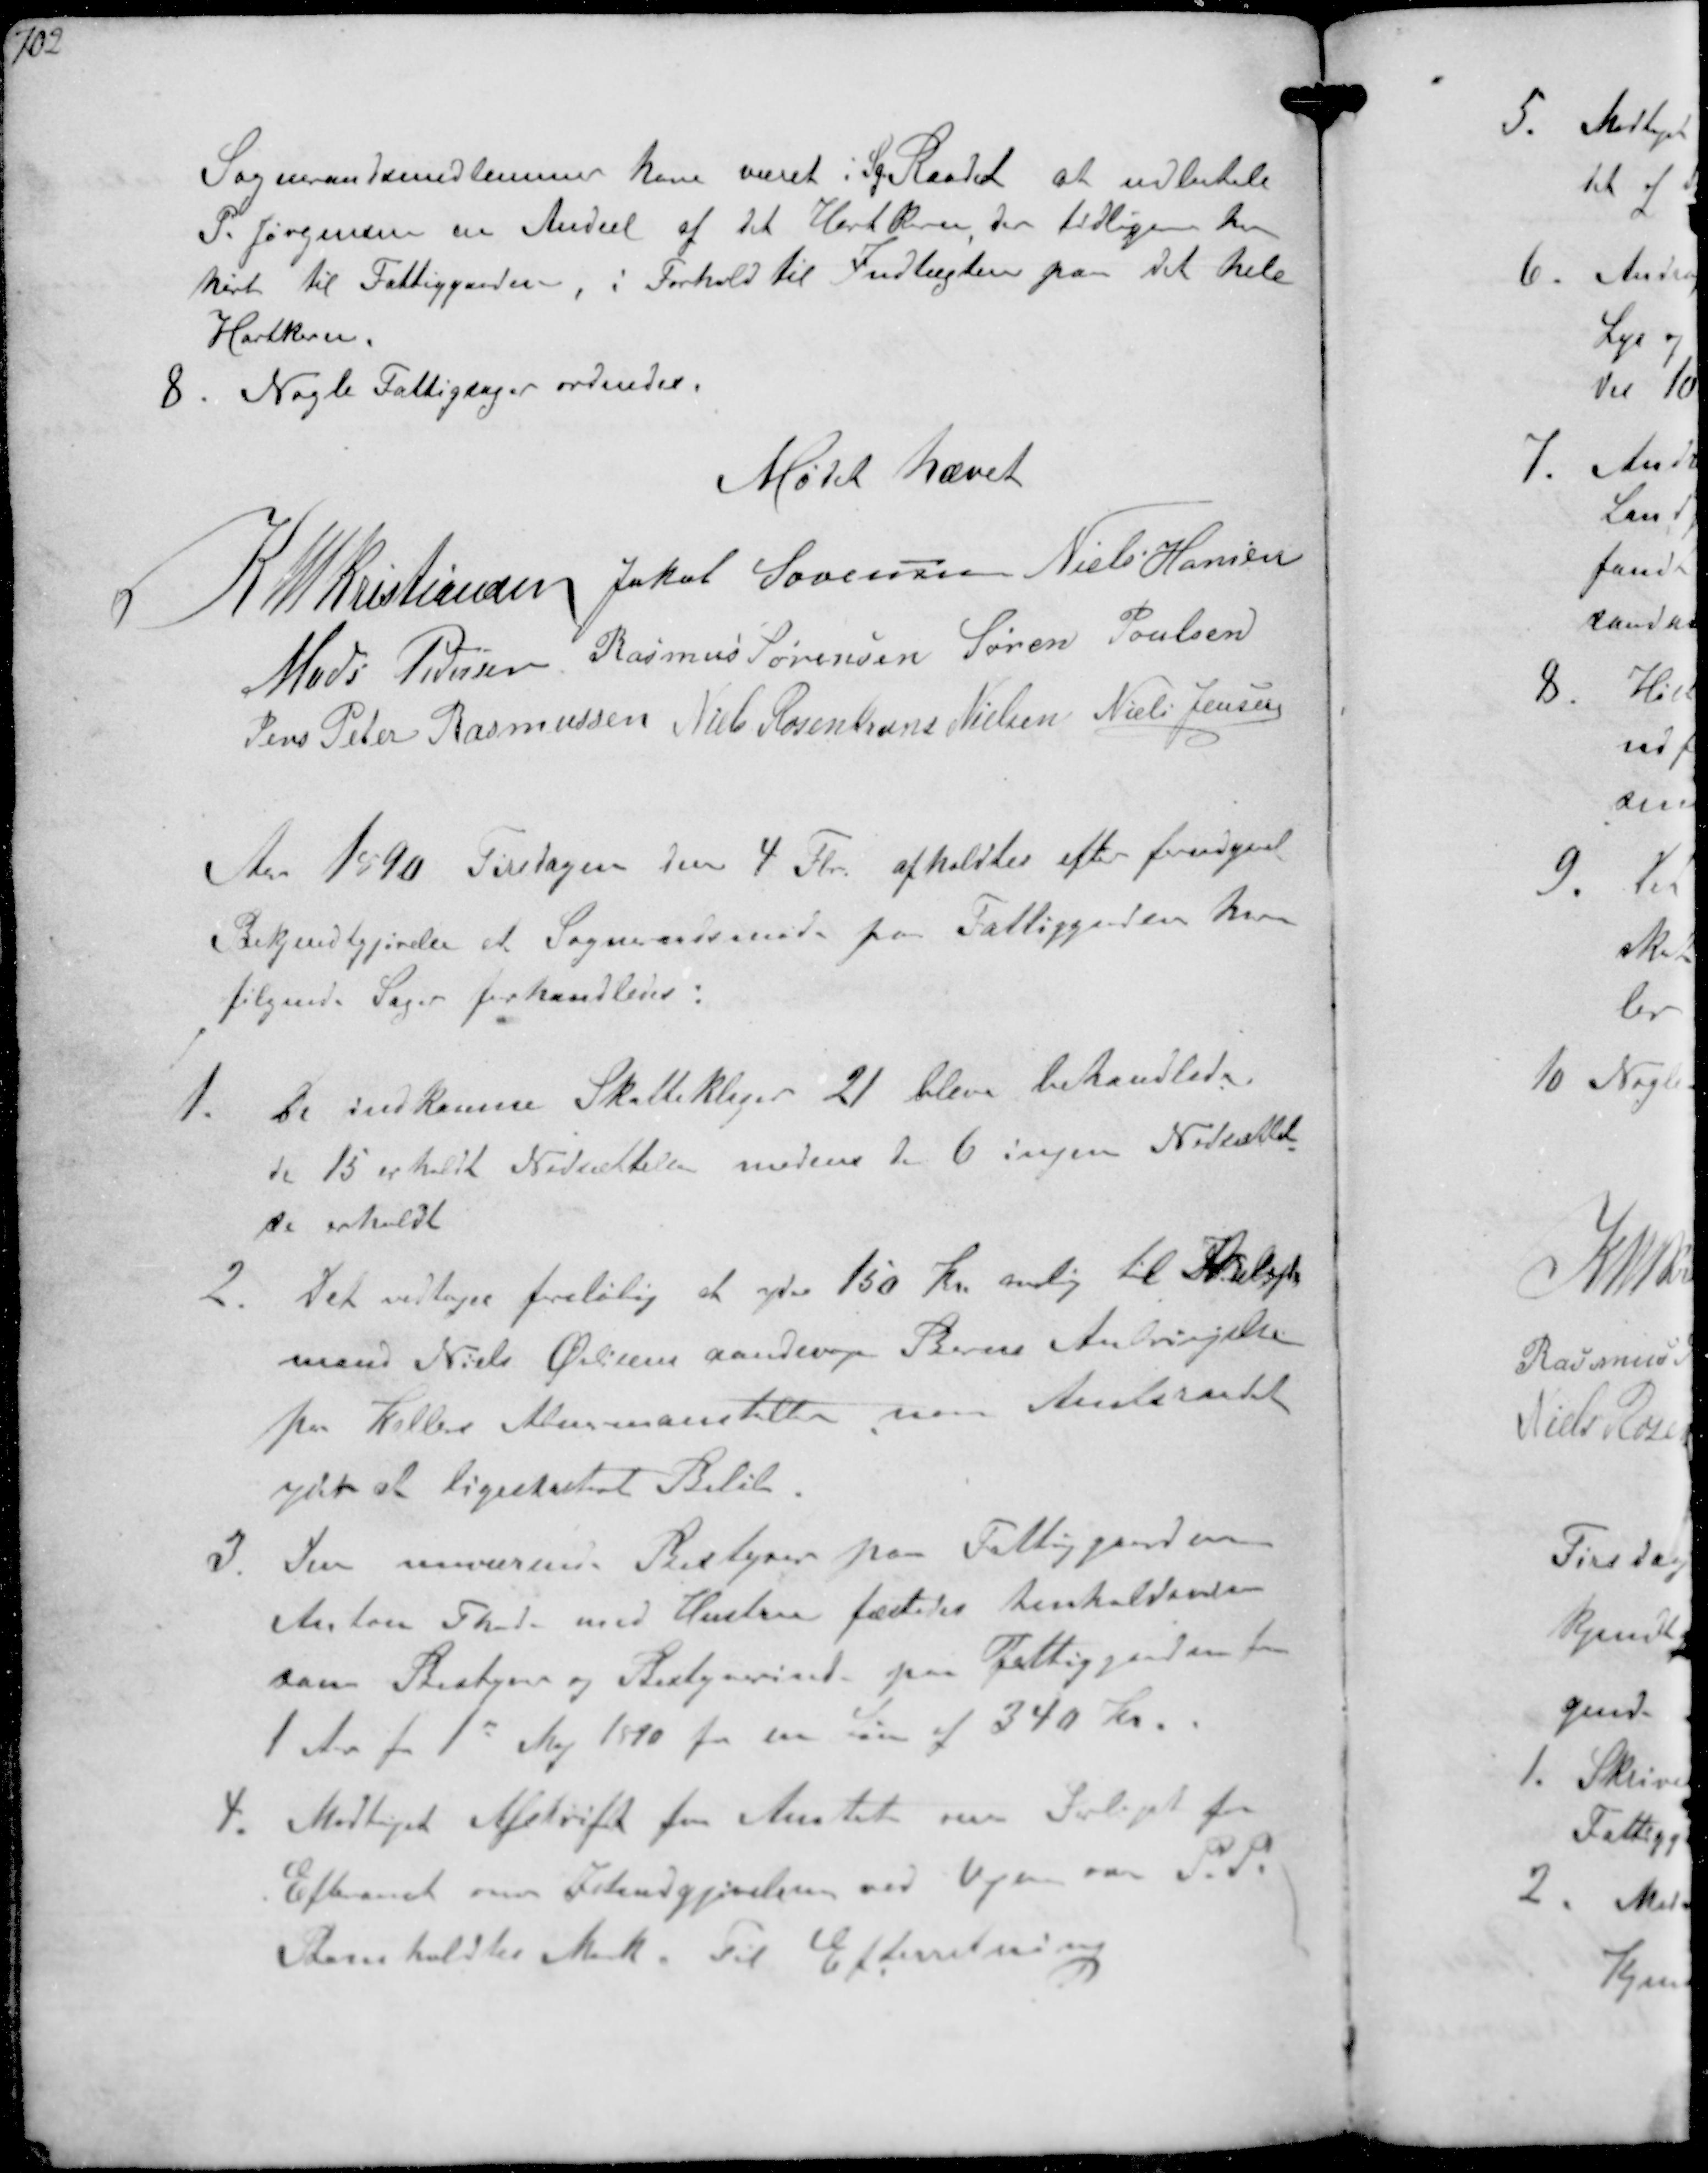
Transskription:
Sogneraadsmedlemmer have været i Sg.Raadet at udbetale
P. Jørgensen en Andeel af det Hartkorn der tidligere har
hørt til Fattiggaaden i Forhold til Indtægten paa det hele
Hartkorn
8. Nogle Fattigsager ordnedes.

Mødet hævet

K N M Kristiansen Jakob Sørensen Niels Hansen
Mads Pedersen Rasmus Sørensen Søren Poulsen
Jens Peter Rasmussen Niels Rosenkrands Nielsen Niels Jensen

Aar 1890 Tirsdagen den 4 Fbr. afholdtes efter forudgaaet
Bekjendtgjørelse af Sogneraadsmøde paa Fattiggaarden hvor
følgende Sager forhandledes:
1. De indkomne Skatteklager 21 bleve behandlede.
de 15 erholdt Nedsættelse medens de 6 ingen Nedsættel-
se erholdt
2. Det vedtogs foreløbig at yde 150 Kr aarlig til Arbejds-
mand Niels Øvlisens aandsvage Barns Anbringelse
paa Kellers Alumneanstalter naar Amtsraadet
yder at ligesaadant Beløb 
3 Den nuværende Bestyrer paa Fattiggaarden
Anton Thode. med Hustru fæstedes henholdsvis
som Bestyrer og Bestyrerinde paa Fattiggaarden for
1 Aar fra 1s Maj 1890 for en Løn af 340 Kr.
4. Modtaget Afskrift fra Amtet om Forliget fra
Efteraaret om Istandgjørelsen ved Vejen over P P
Bomholdts Mark. Til Efterretning